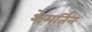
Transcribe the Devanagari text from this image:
शेमर्तिन